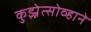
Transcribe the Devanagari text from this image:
कुझ्नेत्सोव्हाने